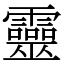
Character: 靈